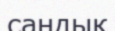
саңдық